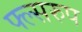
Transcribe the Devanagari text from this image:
फ्ल्सरुप